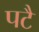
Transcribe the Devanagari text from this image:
पटै